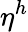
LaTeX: \eta^{h}